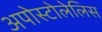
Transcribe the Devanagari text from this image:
अपोस्टोलेलिस